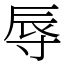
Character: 辱